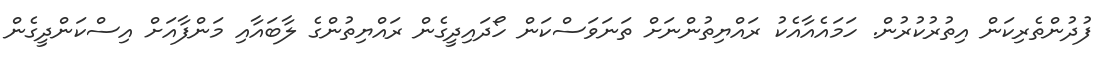
ފުދުންތެރިކަން އިތުރުކުރުން. ހަމައެއާއެކު ރައްޔިތުންނަށް ތަނަވަސްކަން ހޯދައިދީގެން ރައްޔިތުންގެ ލާބައާއި މަންފާއަށް އިސްކަންދީގެން